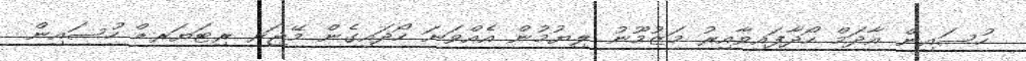
ހުސައިން އާދަމް ހޯދާފައިވާއިރު މަޒުމޫނު ލިޔުމުން އެއްވަނަ ހޯދައިގެން މޭޖަރ ރިޓަޔަރޑް ހުސައިން